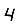
Digit: 4